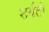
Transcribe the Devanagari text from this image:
शर्यतीं